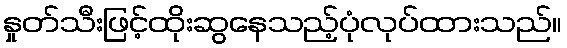
နှုတ်သီးဖြင့်ထိုးဆွနေသည့်ပုံလုပ်ထားသည်။